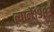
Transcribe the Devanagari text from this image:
त्याने१९८३